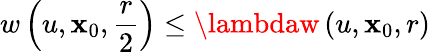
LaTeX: w\left(u,\mathbf{x}_{0},{\frac{{r}}{{2}}}\right)\leq\lambdaw\left(u,\mathbf{x}_{0},r\right)